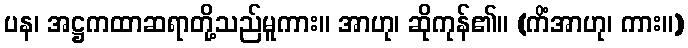
ပန၊ အဋ္ဌကထာဆရာတို့သည်မူကား။ အာဟု၊ ဆိုကုန်၏။ (ကိံအာဟု၊ ကား။)